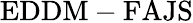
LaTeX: \mathrm{EDDM-FAJS}